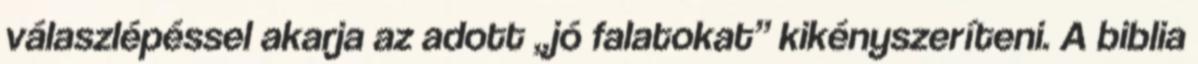
válaszlépéssel akarja az adott „jó falatokat” kikényszeríteni. A biblia